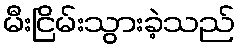
မီးငြိမ်းသွားခဲ့သည်